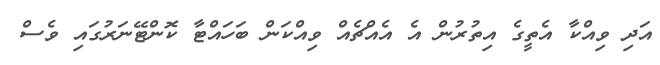
އަދި ވިއްކާ އެތީގެ އިތުރުން އެ އެއްޗެއްް ވިއްކަން ބަހައްޓާ ކޮންޓޭނަރުގައި ވެސް